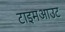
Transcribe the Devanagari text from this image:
टाइमआउट